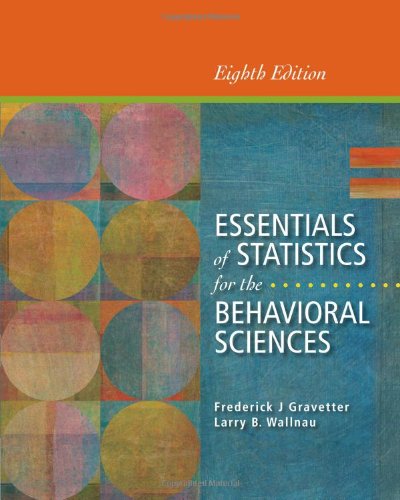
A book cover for Essentials of Statistics for the Behavioral Sciences; Frederick J Gravetter; Science & Math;